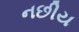
નછીય